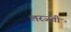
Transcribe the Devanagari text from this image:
लरजती